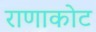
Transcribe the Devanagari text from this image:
राणाकोट